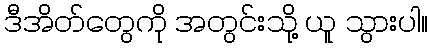
ဒီအိတ်တွေကို အတွင်းသို့ ယူ သွားပါ။